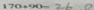
1 7 0 + 9 0 = 2 6 0